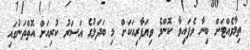
ތިމާވެއްޓަށް ބިނާ ވެފައިވާ ކޮންމެ ވިޔަފާރިއަކަށް މި ބަދަލުގެ އަސަރު ކުރިއަށް އޮތްތަނުގައި